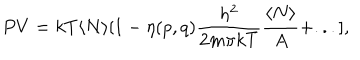
P V = k T \langle N \rangle [ 1 - \eta ( p , q ) { \frac { h ^ { 2 } } { 2 m \pi k T } } { \frac { \langle N \rangle } { A } } + . . . ] ,